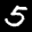
Label: 5